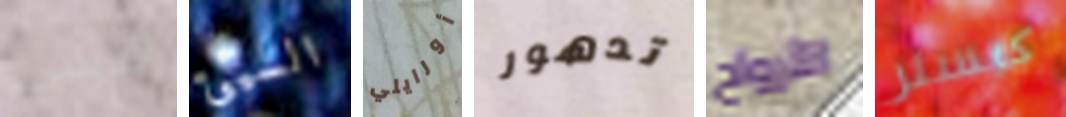
الأسى السيئ أورايلي تدهور الأرواح كيسلر